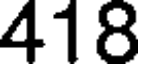
418